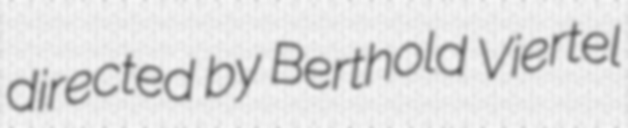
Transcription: directed by Berthold Viertel